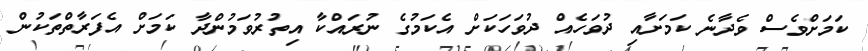
ކަމަށްވެސް ވެދާނެ ކަމަށާއި ދުވަހެއް ދުވަހަކަށް އެކަމުގެ ނުރައްކާ އިތުރުވަމުންދާ ކަމަށް އެފަރާތްތަކުން